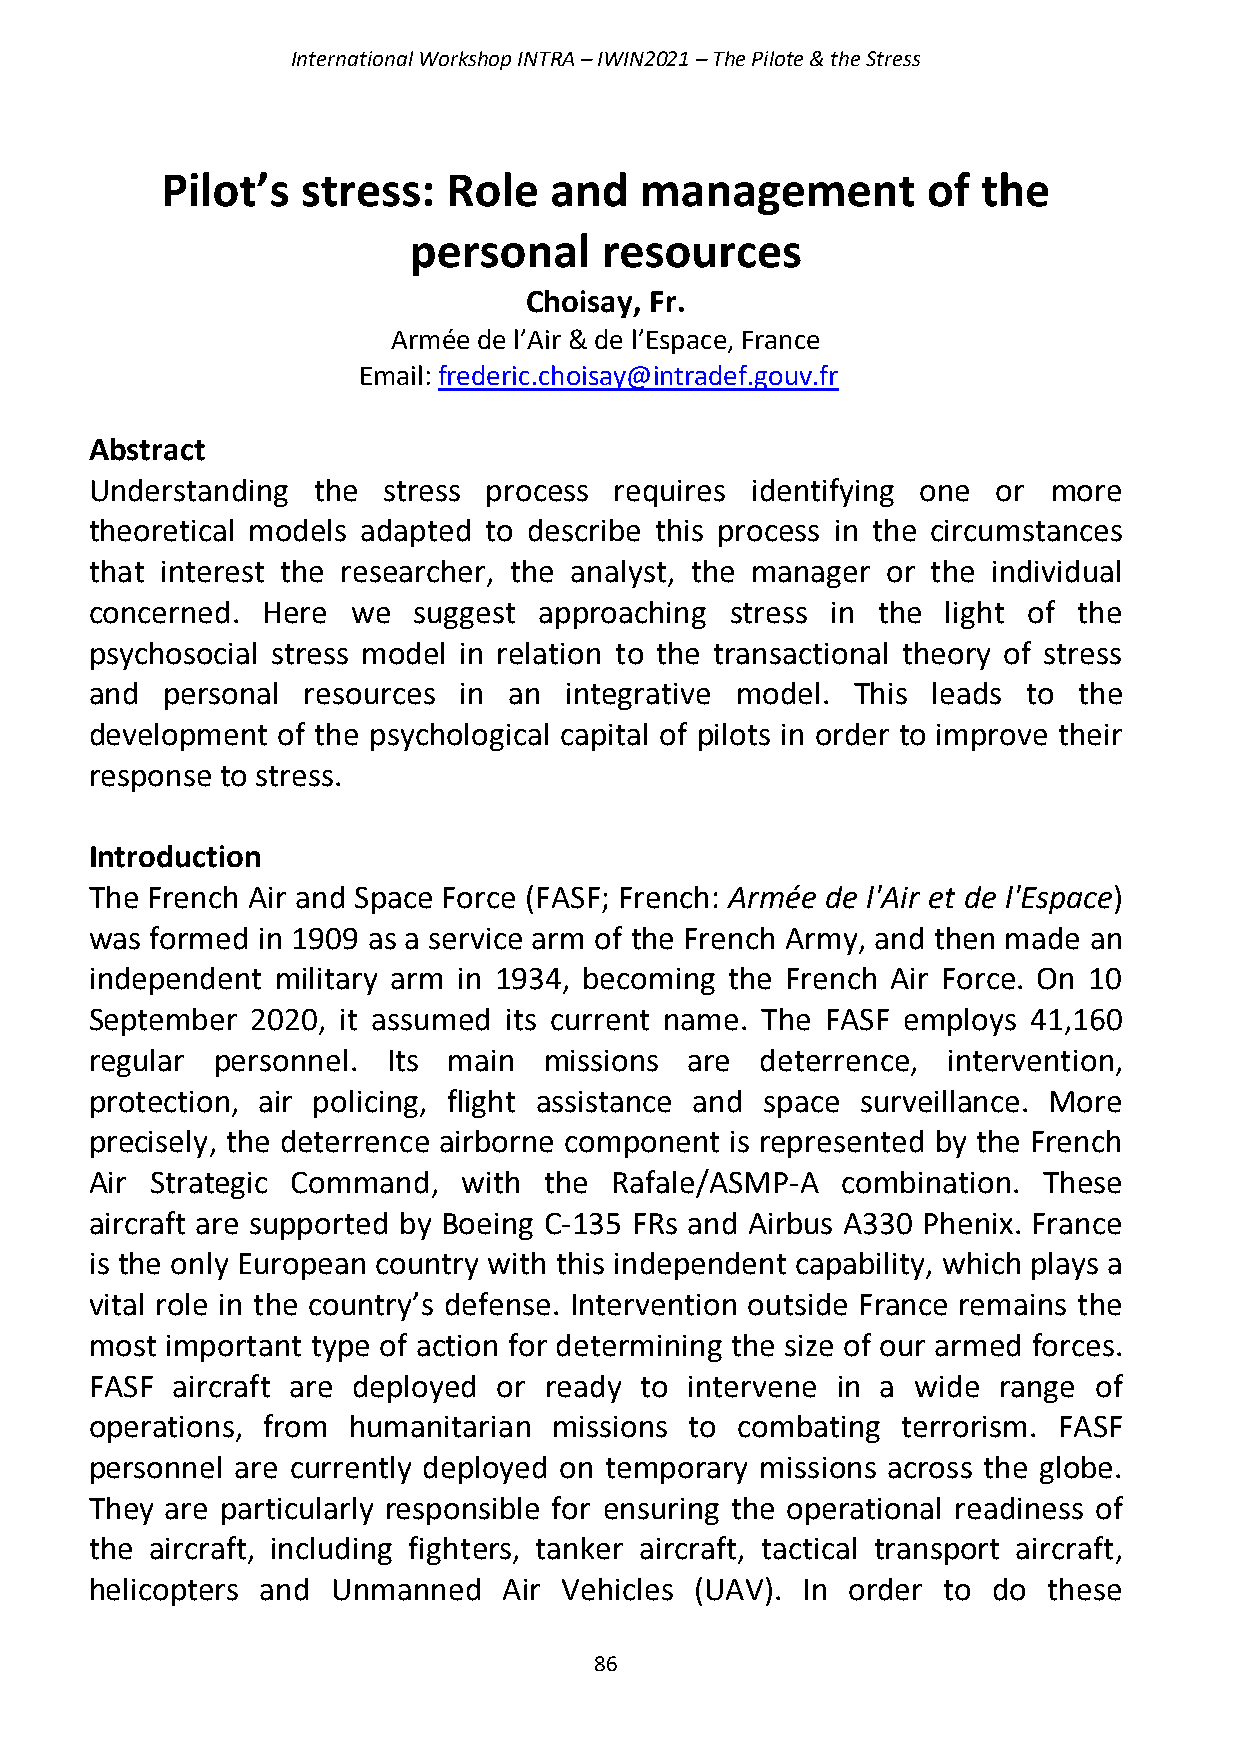
International Workshop INTRA – IWIN2021 – The Pilote & the Stress
 Pilot’s  stress:   Role  and   management         of  the
 personal     resources
 Choisay, Fr.
 Armée de l’Air & de l’Espace, France
 Email: frederic.choisay@intradef.gouv.fr
 Abstract
 Understanding  the stress process  requires identifying one or  more
 theoretical models adapted to describe this process in the circumstances
 that interest the researcher, the analyst, the manager or the individual
 concerned. Here  we  suggest  approaching stress in the  light of the
 psychosocial stress model in relation to the transactional theory of stress
 and  personal resources in  an integrative model. This  leads to the
 development of the psychological capital of pilots in order to improve their
 response to stress.
 Introduction
 The French Air and Space Force (FASF; French: Armée de l'Air et de l'Espace)
 was formed in 1909 as a service arm of the French Army, and then made an
 independent military arm in 1934, becoming the French Air Force. On 10
 September  2020, it assumed its current name. The FASF employs 41,160
 regular personnel.  Its main  missions  are deterrence,  intervention,
 protection, air policing, flight assistance and space surveillance. More
 precisely, the deterrence airborne component is represented by the French
 Air Strategic Command,   with the Rafale/ASMP-A   combination. These
 aircraft are supported by Boeing C-135 FRs and Airbus A330 Phenix. France
 is the only European country with this independent capability, which plays a
 vital role in the country’s defense. Intervention outside France remains the
 most important type of action for determining the size of our armed forces.
 FASF aircraft are deployed or ready to intervene in a  wide range of
 operations, from humanitarian  missions to combating  terrorism. FASF
 personnel are currently deployed on temporary missions across the globe.
 They are particularly responsible for ensuring the operational readiness of
 the aircraft, including fighters, tanker aircraft, tactical transport aircraft,
 helicopters and Unmanned   Air Vehicles (UAV). In order to  do these
 86